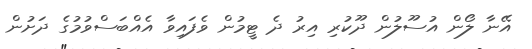
އޭނާ ލޯން އުސޫލުން ދޫކުރި އިރު ދެ ޓީމުން ވެފައިވާ އެއްބަސްވުމުގެ ދަށުން